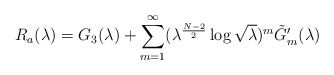
\begin{align*}R_a(\lambda )=G_{3}(\lambda )+\sum_{m=1}^\infty (\lambda^{\frac{N-2}{2}}\log \sqrt{\lambda })^m\tilde{G}_{m}'(\lambda) \end{align*}